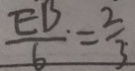
\frac { E B . } { 6 } = \frac { 2 } { 3 \cdot }